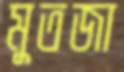
মুতজা